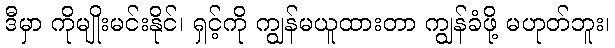
ဒီမှာ ကိုမျိုးမင်းနိုင်၊ ရှင့်ကို ကျွန်မယူထားတာ ကျွန်ခံဖို့ မဟုတ်ဘူး၊